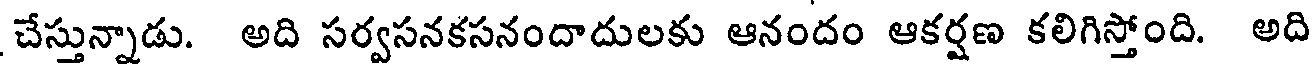
చేస్తున్నాడు. అది సర్వసనకసనందాదులకు ఆనందం ఆకర్షణ కలిగిస్తోంది. అది